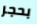
بحجر